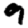
Digit: 9